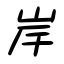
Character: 岸